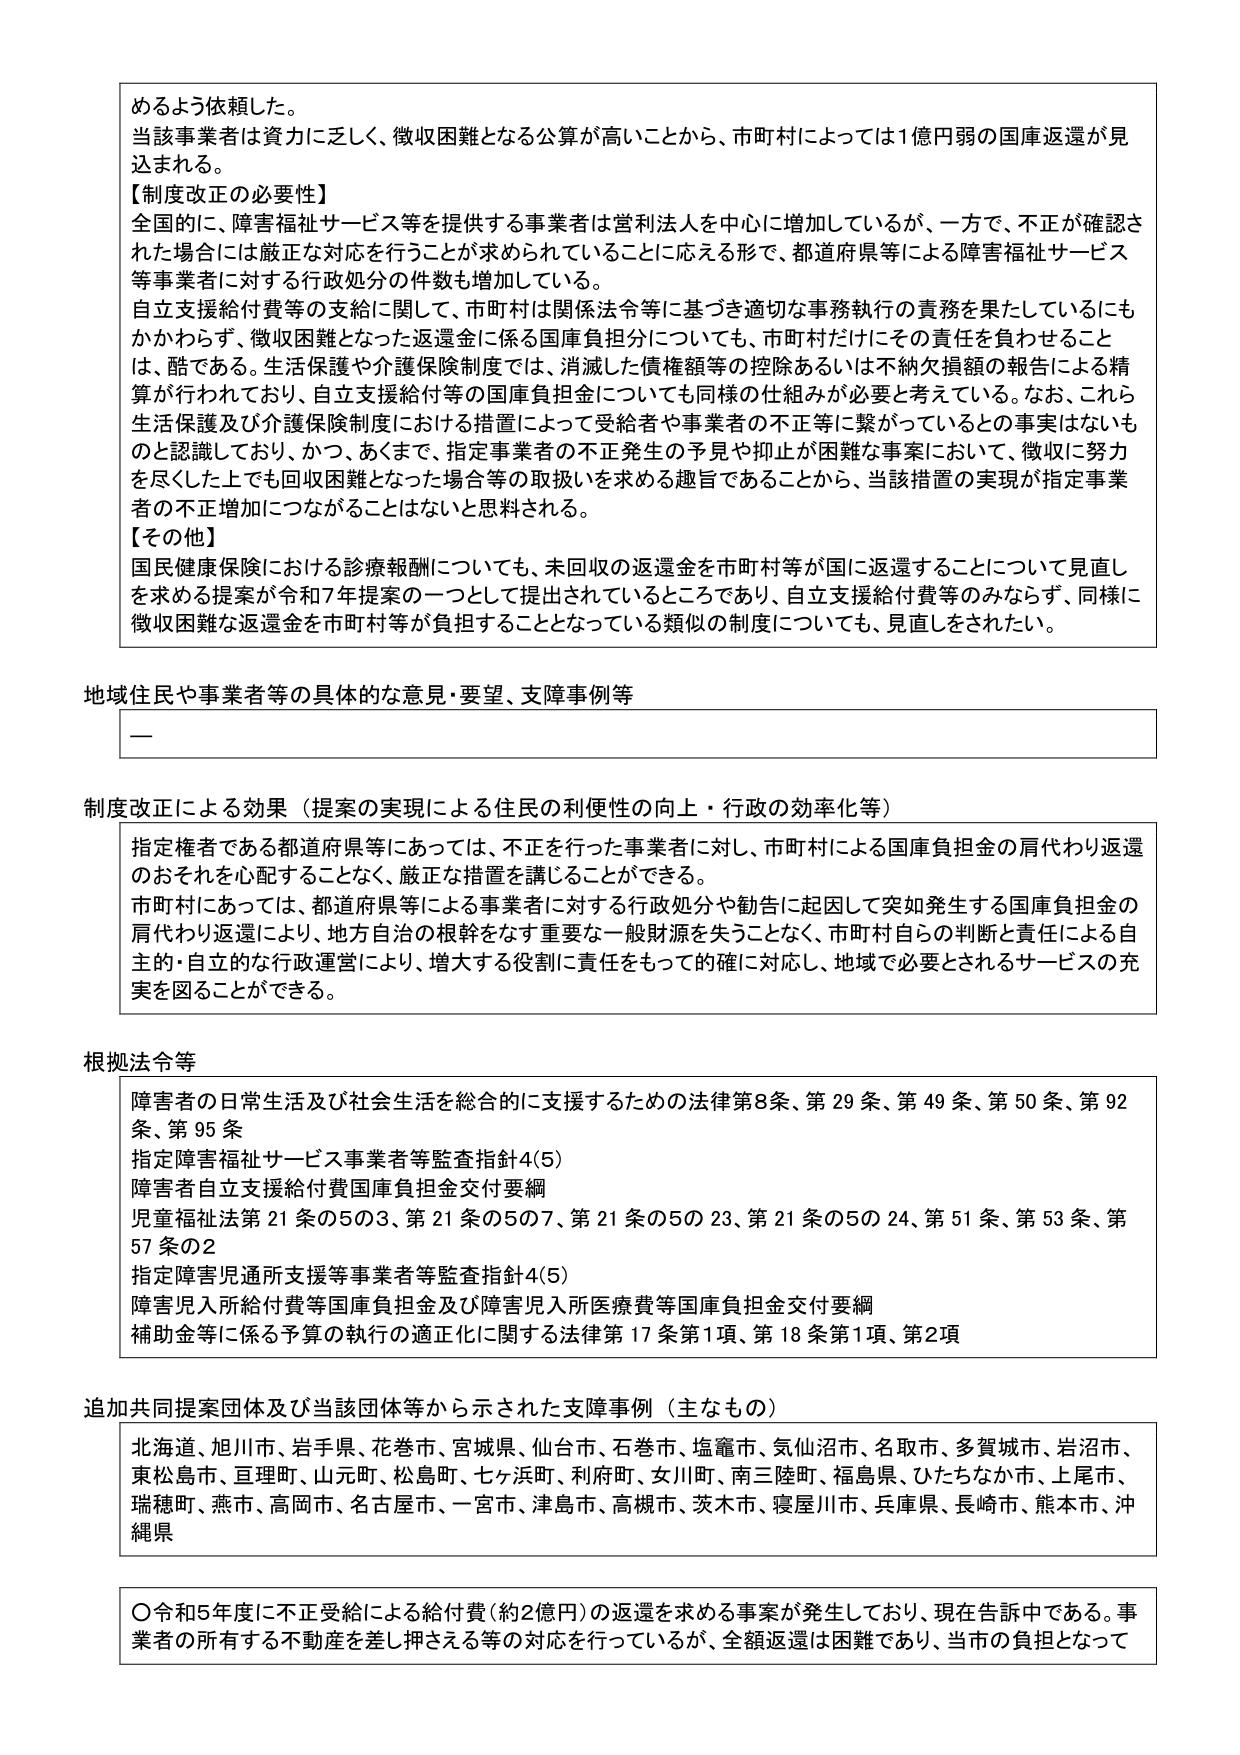
めるよう依頼した。
当該事業者は資力に乏しく、徴収困難となる公算が高いことから、市町村によっては1億円弱の国庫返還が見込まれる。
【制度改正の必要性】
全国的に、障害福祉サービス等を提供する事業者は営利法人を中心に増加しているが、一方で、不正が確認された場合には厳正な対応を行うことが求められていることに応える形で、都道府県等による障害福祉サービス等事業者に対する行政処分の件数も増加している。
自立支援給付費等の支給に関して、市町村は関係法令等に基づき適切な事務執行の責務を果たしているにもかかわらず、徴収困難となった返還金に係る国庫負担分についても、市町村だけにその責任を負わせることは、酷である。生活保護や介護保険制度では、消滅した債権額等の控除あるいは不納欠損額の報告による精算が行われており、自立支援給付等の国庫負担金についても同様の仕組みが必要と考えている。なお、これら生活保護及び介護保険制度における措置によって受給者や事業者の不正等に繋がっているとの事実はないものと認識しており、かつ、あくまで、指定事業者の不正発生の予見や抑止が困難な事案において、徴収に努力を尽くした上でも回収困難となった場合等の取扱いを求める趣旨であることから、当該措置の実現が指定事業者の不正増加につながることはないと思料される。
【その他】
国民健康保険における診療報酬についても、未回収の返還金を市町村等が国に返還することについて見直しを求める提案が令和7年提案の一つとして提出されているところであり、自立支援給付費等のみならず、同様に徴収困難な返還金を市町村等が負担することとなっている類似の制度についても、見直しをされたい。

地域住民や事業者等の具体的な意見・要望、支障事例等
—

制度改正による効果（提案の実現による住民の利便性の向上・行政の効率化等）
指定権者である都道府県等にあっては、不正を行った事業者に対し、市町村による国庫負担金の肩代わり返還のおそれを心配することなく、厳正な措置を講じることができる。
市町村にあっては、都道府県等による事業者に対する行政処分や勧告に起因して突如発生する国庫負担金の肩代わり返還により、地方自治の根幹をなす重要な一般財源を失うことなく、市町村自らの判断と責任による自主的・自立的な行政運営により、増大する役割に責任をもって的確に対応し、地域で必要とされるサービスの充実を図ることができる。

根拠法令等
障害者の日常生活及び社会生活を総合的に支援するための法律第8条、第29条、第49条、第50条、第92条、第95条
指定障害福祉サービス事業者等監査指針4(5)
障害者自立支援給付費国庫負担金交付要綱
児童福祉法第21条の5の3、第21条の5の7、第21条の5の23、第21条の5の24、第51条、第53条、第57条の2
指定障害児通所支援等事業者等監査指針4(5)
障害児入所給付費等国庫負担金及び障害児入所医療費等国庫負担金交付要綱
補助金等に係る予算の執行の適正化に関する法律第17条第1項、第18条第1項、第2項

追加共同提案団体及び当該団体等から示された支障事例（主なもの）
北海道、旭川市、岩手県、花巻市、宮城県、仙台市、石巻市、塩竈市、気仙沼市、名取市、多賀城市、岩沼市、東松島市、亘理町、山元町、松島町、七ヶ浜町、利府町、女川町、南三陸町、福島県、ひたちなか市、上尾市、瑞穂町、燕市、高岡市、名古屋市、一宮市、津島市、高槻市、茨木市、寝屋川市、兵庫県、長崎市、熊本市、沖縄県

〇令和5年度に不正受給による給付費（約2億円）の返還を求める事案が発生しており、現在告訴中である。事業者の所有する不動産を差し押さえる等の対応を行っているが、全額返還は困難であり、当市の負担となって